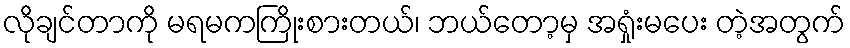
လိုချင်တာကို မရမကကြိုးစားတယ်၊ ဘယ်တော့မှ အရှုံးမပေး တဲ့အတွက်